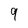
Character: 9